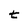
Character: t